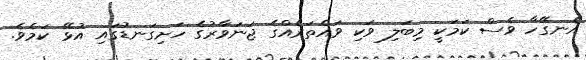
އެނގޭހާ ވެސް ކަމަކީ މިބަލި ވަކި ވައްތަރެއްގެ ޖަނަވާރުގެ ހަށިގަނޑުގައި އުޅޭ ކަމެވެ.